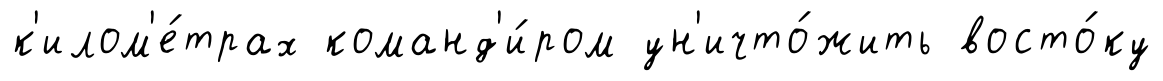
к'илом'е́трах команд'и́ром ун'ичто́жить восто́ку